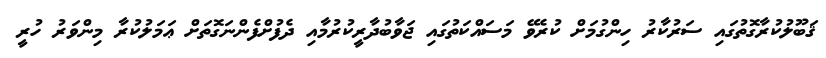
ޤަބޫލުކުރާގޮތުގައި ސަރުކާރު ހިންގުމަށް ކުރެވޭ މަސައްކަތުގައި ޖަވާބުދާރީކުރުމާއި ދެފުށްފެންނަގޮތަށް ޢަމަލުކުރާ މިންވަރު ހުރީ